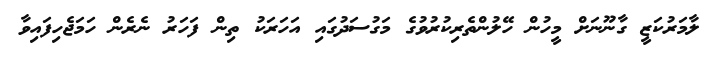
ލާމަރުކަޒީ ގާނޫނަށް މީހުން ހޭލުންތެރިކުރުވުގެ މަގުސަދުގައި އަހަރަކު ތިން ފަހަރު ނެރެން ހަމަޖެހިފައިވާ